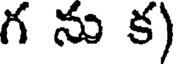
గ ను క)